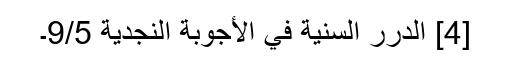
[4] الدرر السنية في الأجوبة النجدية 9/5۔